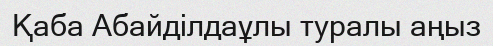
Қаба Абайділдаұлы туралы аңыз